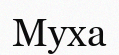
Муха